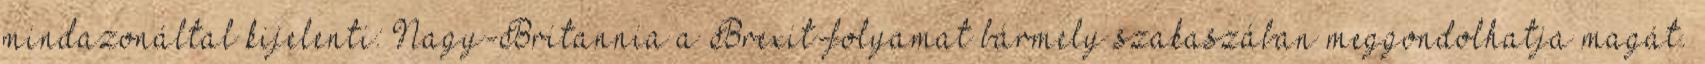
mindazonáltal kijelenti: Nagy-Britannia a Brexit-folyamat bármely szakaszában meggondolhatja magát.